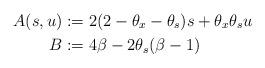
LaTeX: \begin{align*} A(s,u) &:= 2(2-\theta_x-\theta_s)s + \theta_x\theta_s u \\ B &:= 4\beta-2\theta_s(\beta-1)\end{align*}